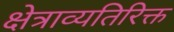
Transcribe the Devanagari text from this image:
क्षेत्राव्यतिरिक्त